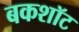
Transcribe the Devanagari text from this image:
बकशॉट